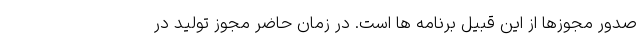
صدور مجوزها از این قبیل برنامه ها است. در زمان حاضر مجوز تولید در